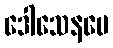
ဒေါသေနပေ